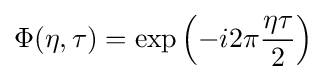
\Phi (\eta ,\tau )=\exp \left(-i2\pi {\frac {\eta \tau }{2}}\right)